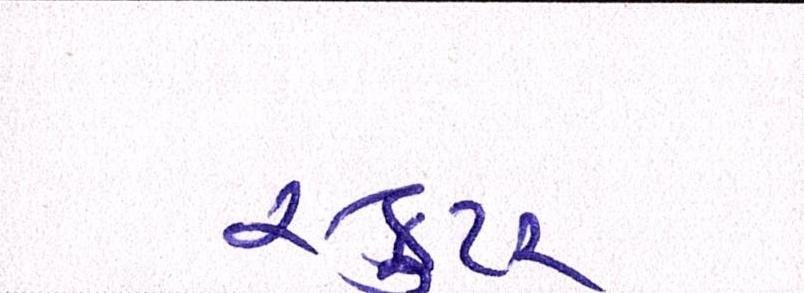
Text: સ્કુટર